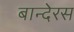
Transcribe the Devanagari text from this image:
बान्देरस